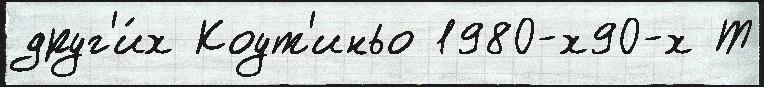
друг'и́х Коут'иньо 1980-х90-х Т